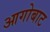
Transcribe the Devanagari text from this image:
आगोबाट